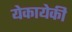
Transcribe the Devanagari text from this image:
येकायेकी